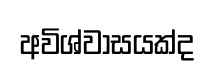
අවිශ්වාසයක්ද